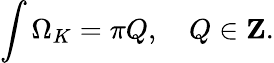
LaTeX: \int\Omega_{K}=\pi Q,\quad Q\in{\mathbf Z}.